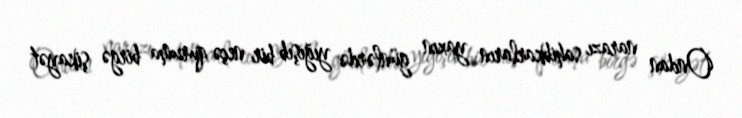
Ondan narazı sahibkarların yaxın günlərdə yığışıb bir neçə quruma birgə şikayət